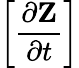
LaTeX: \left[\frac{\partial{\mathbf Z}}{\partial t}\right]